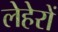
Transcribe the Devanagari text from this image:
लेहेरों